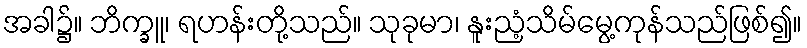
အခါ၌။ ဘိက္ခူ၊ ရဟန်းတို့သည်။ သုခုမာ၊ နူးညံ့သိမ်မွေ့ကုန်သည်ဖြစ်၍။